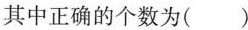
。其中正确的个数为( )